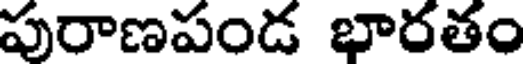
పురాణపండ భారతం